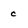
Character: c